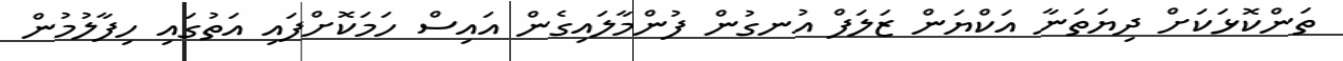
ތަންކޮޅަކަށް ދިޔަތަނާ އަކްޔަން ޒަލަފް އުނގުން ފުންމާލައިގެން އައިސް ހަމަކޮށްފައި އަތުގައި ހިފާލުމުން